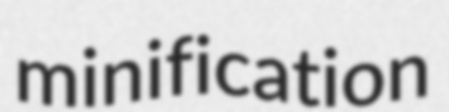
minification